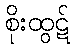
စိုးထွဋ်